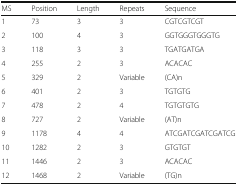
<table><thead><tr><td><b>MS</b></td><td><b>Position</b></td><td><b>Length</b></td><td><b>Repeats</b></td><td><b>Sequence</b></td></tr></thead><tbody><tr><td>1</td><td>73</td><td>3</td><td>3</td><td>CGTCGTCGT</td></tr><tr><td>2</td><td>100</td><td>4</td><td>3</td><td>GGTGGGTGGGTG</td></tr><tr><td>3</td><td>118</td><td>3</td><td>3</td><td>TGATGATGA</td></tr><tr><td>4</td><td>255</td><td>2</td><td>3</td><td>ACACAC</td></tr><tr><td>5</td><td>329</td><td>2</td><td>Variable</td><td>(CA)n</td></tr><tr><td>6</td><td>401</td><td>2</td><td>3</td><td>TGTGTG</td></tr><tr><td>7</td><td>478</td><td>2</td><td>4</td><td>TGTGTGTG</td></tr><tr><td>8</td><td>727</td><td>2</td><td>Variable</td><td>(AT)n</td></tr><tr><td>9</td><td>1178</td><td>4</td><td>4</td><td>ATCGATCGATCGATCG</td></tr><tr><td>10</td><td>1282</td><td>2</td><td>3</td><td>GTGTGT</td></tr><tr><td>11</td><td>1446</td><td>2</td><td>3</td><td>ACACAC</td></tr><tr><td>12</td><td>1468</td><td>2</td><td>Variable</td><td>(TG)n</td></tr></tbody></table>